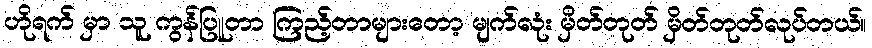
ဟိုရက် မှာ သူ ကွန်ပြူတာ ကြည့်တာများတော့ မျက်လုံး မှိတ်တုတ် မှိတ်တုတ်လုပ်တယ်။